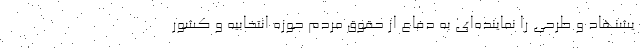
یشنهاد و طرحی را نماینده‌ای به دفاع از حقوق مردم حوزه انتخابیه و کشور